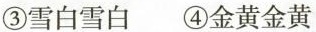
③雪白雪白 ④金黄金黄